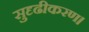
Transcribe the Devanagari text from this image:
सुदृढीकरण।